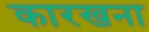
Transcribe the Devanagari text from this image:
कारखना